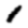
Digit: 1